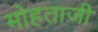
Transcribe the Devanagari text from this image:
मोहताजी